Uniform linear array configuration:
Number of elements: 4
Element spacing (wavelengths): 0.5
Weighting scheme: kaiser
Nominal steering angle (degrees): -60
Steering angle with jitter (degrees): -61.854
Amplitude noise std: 0.05
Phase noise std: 0.05

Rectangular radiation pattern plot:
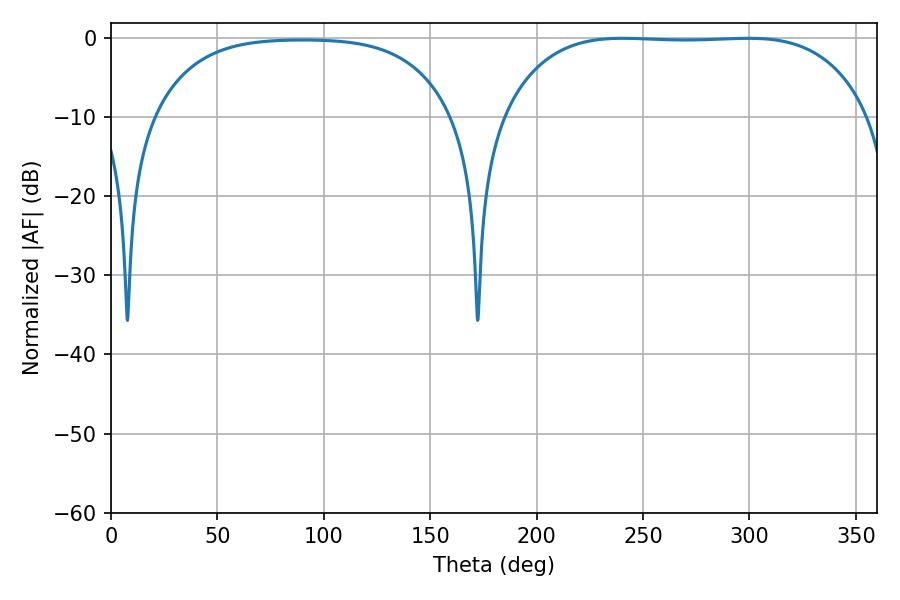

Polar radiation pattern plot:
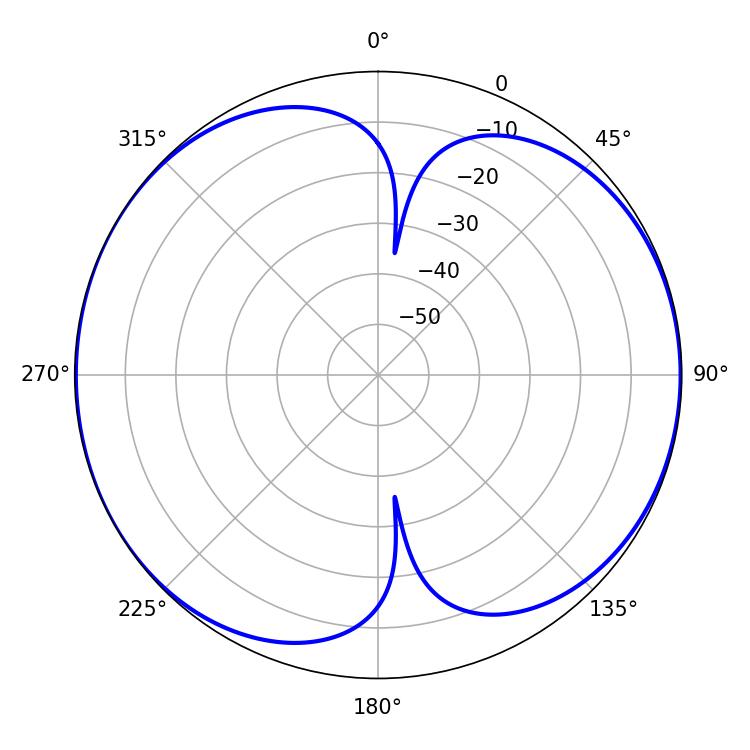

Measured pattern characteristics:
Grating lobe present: FALSE
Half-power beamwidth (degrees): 133.56
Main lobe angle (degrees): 240.48